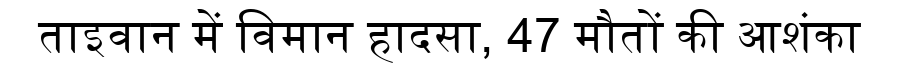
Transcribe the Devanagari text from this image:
ताइवान में विमान हादसा, 47 मौतों की आशंका